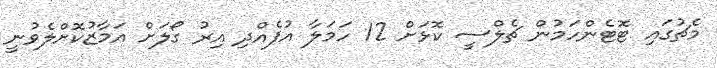
މެޗުގައި ޓޮޓެންހަމުން ޗެލްސީ ކޮޅަށް 12 ހަމަލާ އުފެއްދި އިރު ގޯލަށް އަމާޒުކޮށްލެވުނީ